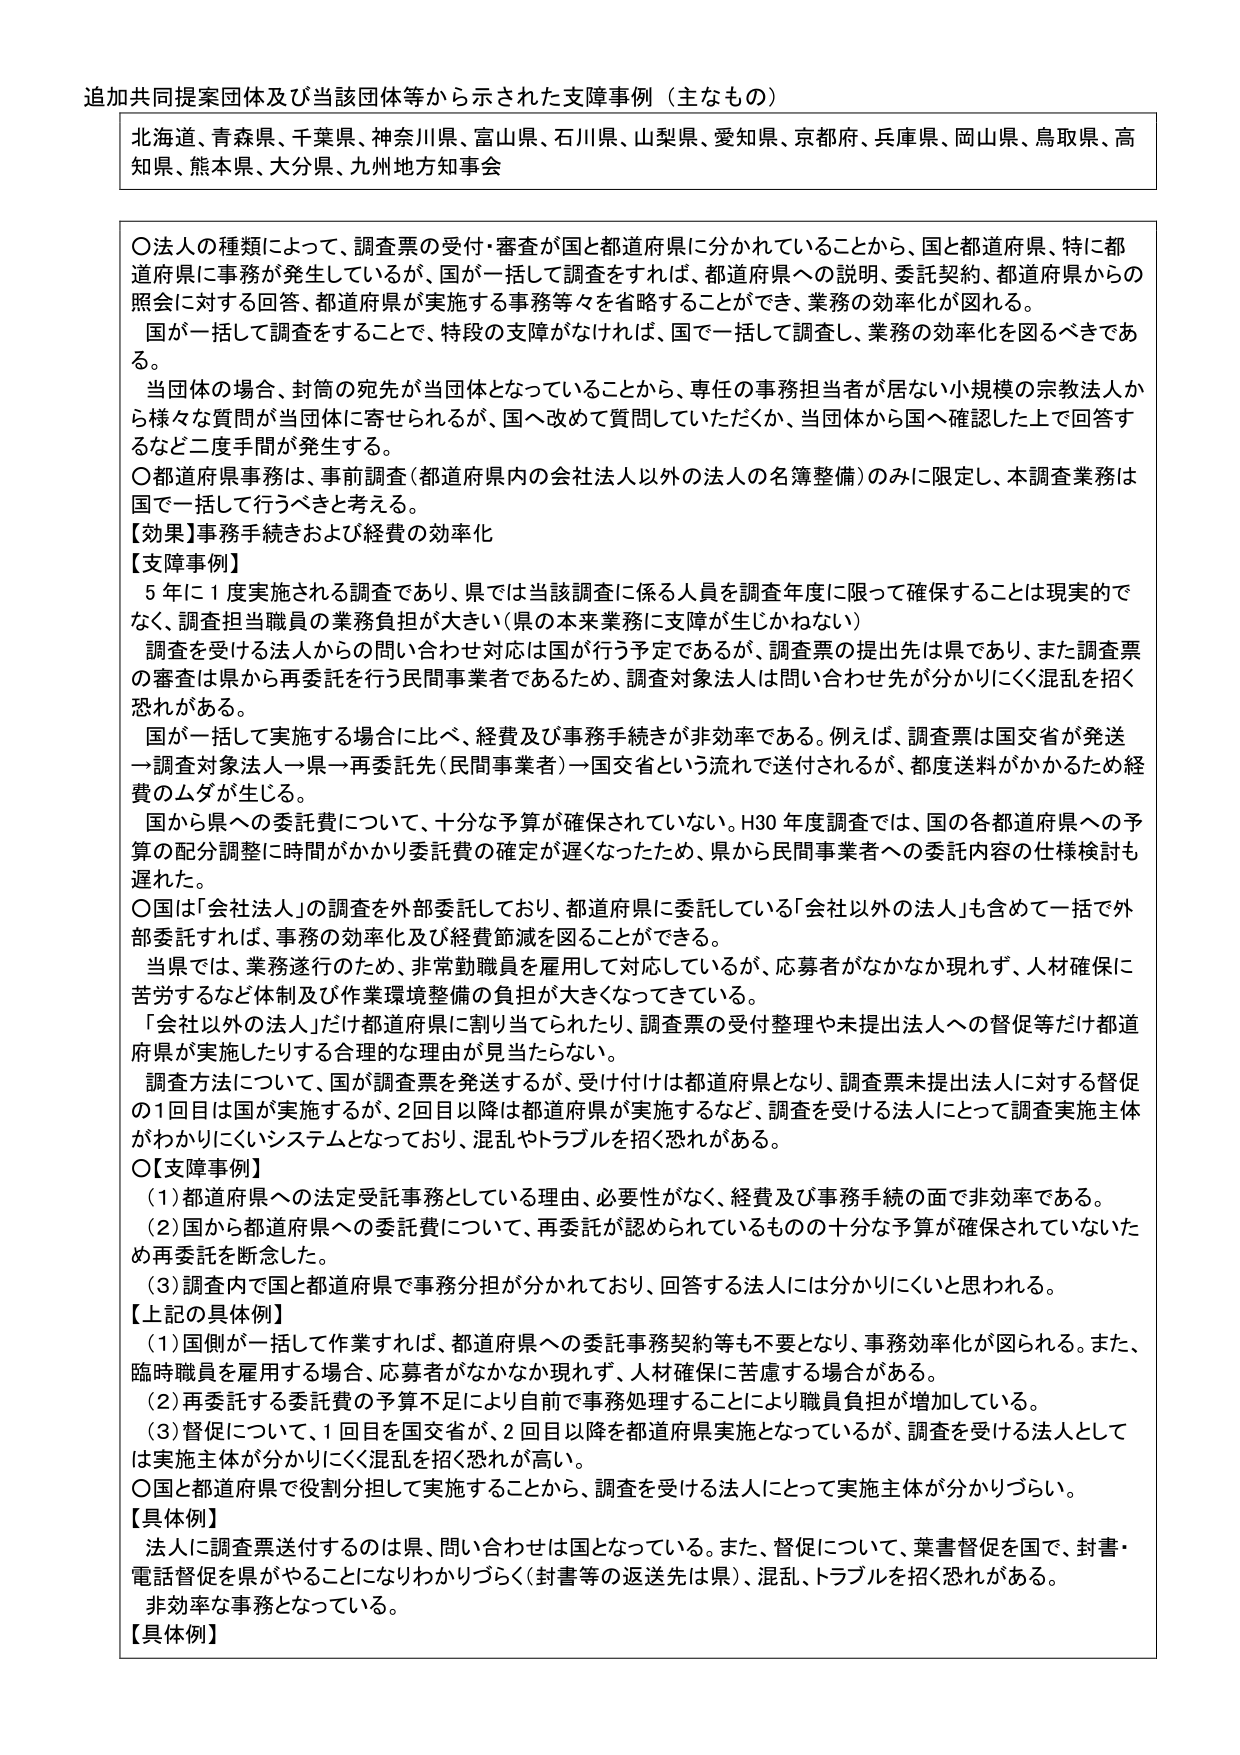
追加共同提案団体及び当該団体等から示された支援事例（主なもの）

北海道、青森県、千葉県、神奈川県、富山県、石川県、山梨県、愛知県、京都府、兵庫県、岡山県、鳥取県、高知県、熊本県、大分県、九州地方知事会

〇法人の種類によって、調査票の受付・審査が国と都道府県に分かれていることから、国と都道府県、特に都道府県に事務が発生しているが、国が一括して調査をすれば、都道府県への説明、委託契約、都道府県からの照会に対する回答、都道府県が実施する事務等々を省略することができ、業務の効率化が図れる。
国が一括して調査をすることで、特段の支障がなければ、国で一括して調査し、業務の効率化を図るべきである。
当団体の場合、封筒の宛先が当団体となっていることから、専任の事務担当者が居ない小規模の宗教法人から様々な質問が当団体に寄せられるが、国へ改めて質問していただくか、当団体から国へ確認した上で回答するなど二度手間が発生する。
〇都道府県事務は、事前調査（都道府県内の会社法人以外の法人の名簿整備）のみに限定し、本調査業務は国で一括して行うべきと考える。
【効果】事務手続きおよび経費の効率化
【支援事例】
5年に1度実施される調査であり、県では当該調査に係る人員を調査年度に限って確保することは現実的でなく、調査担当職員の業務負担が大きい（県の本来業務に支障が生じかねない）
調査を受ける法人からの問い合わせ対応は国が行う予定であるが、調査票の提出先は県であり、また調査票の審査は県から再委託を行う民間事業者であるため、調査対象法人は問い合わせ先が分かりにくく混乱を招く恐れがある。
国が一括して実施する場合に比べ、経費及び事務手続きが非効率である。例えば、調査票は国交省が発送→調査対象法人→県→再委託先（民間事業者）→国交省という流れで送付されるが、都度送料がかかるため経費のムダが生じる。
国から県への委託費について、十分な予算が確保されていない。H30年度調査では、国の各都道府県への予算の配分調整に時間がかかり委託費の確定が遅くなったため、県から民間事業者への委託内容の仕様検討も遅れた。
〇国は「会社法人」の調査を外部委託しており、都道府県に委託している「会社以外の法人」も含めて一括で外部委託すれば、事務の効率化及び経費節減を図ることができる。
当県では、業務遂行のため、非常勤職員を雇用して対応しているが、応募者がなかなか現れず、人材確保に苦労するなど体制及び作業環境整備の負担が大きくなってきている。
「会社以外の法人」だけ都道府県に割り当てられたり、調査票の受付整理や未提出法人への督促等だけ都道府県が実施したりする合理的な理由が見当たらない。
調査方法について、国が調査票を発送するが、受け付けは都道府県となり、調査票未提出法人に対する督促の1回目は国が実施するが、2回目以降は都道府県が実施するなど、調査を受ける法人にとって調査実施主体がわかりにくいシステムとなっており、混乱やトラブルを招く恐れがある。
〇【支援事例】
（1）都道府県への法定受託事務としている理由、必要性がなく、経費及び事務手続の面で非効率である。
（2）国から都道府県への委託費について、再委託が認められているものの十分な予算が確保されていないため再委託を断念した。
（3）調査内で国と都道府県で事務分担が分かれており、回答する法人には分かりにくいと思われる。
【上記の具体例】
（1）国側が一括して作業すれば、都道府県への委託事務契約等も不要となり、事務効率化が図られる。また、臨時職員を雇用する場合、応募者がなかなか現れず、人材確保に苦慮する場合がある。
（2）再委託する委託費の予算不足により自前で事務処理することにより職員負担が増加している。
（3）督促について、1回目を国交省が、2回目以降を都道府県実施となっているが、調査を受ける法人としては実施主体が分かりにくく混乱を招く恐れが高い。
〇国と都道府県で役割分担して実施することから、調査を受ける法人にとって実施主体が分かりづらい。
【具体例】
法人に調査票送付するのは県、問い合わせは国となっている。また、督促について、葉書督促を国で、封書・電話督促を県がやることになりわかりづらく（封書等の返送先は県）、混乱、トラブルを招く恐れがある。
非効率な事務となっている。
【具体例】